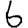
Digit: 6